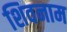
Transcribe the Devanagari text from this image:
शिवनाम